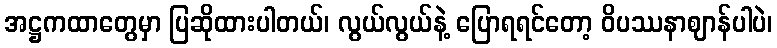
အဋ္ဌကထာတွေမှာ ပြဆိုထားပါတယ်၊ လွယ်လွယ်နဲ့ ပြောရရင်တော့ ဝိပဿနာဈာန်ပါပဲ၊